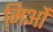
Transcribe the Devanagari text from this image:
मि़ओं